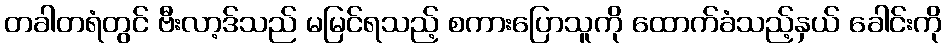
တခါတရံတွင် ဗီးလာ့ဒ်သည် မမြင်ရသည့် စကားပြောသူကို ထောက်ခံသည့်နှယ် ခေါင်းကို